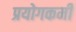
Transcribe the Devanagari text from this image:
प्रयोगकर्मी